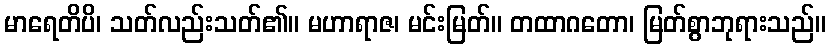
မာရေတိပိ၊ သတ်လည်းသတ်၏။ မဟာရာဇ၊ မင်းမြတ်။ တထာဂတော၊ မြတ်စွာဘုရားသည်။